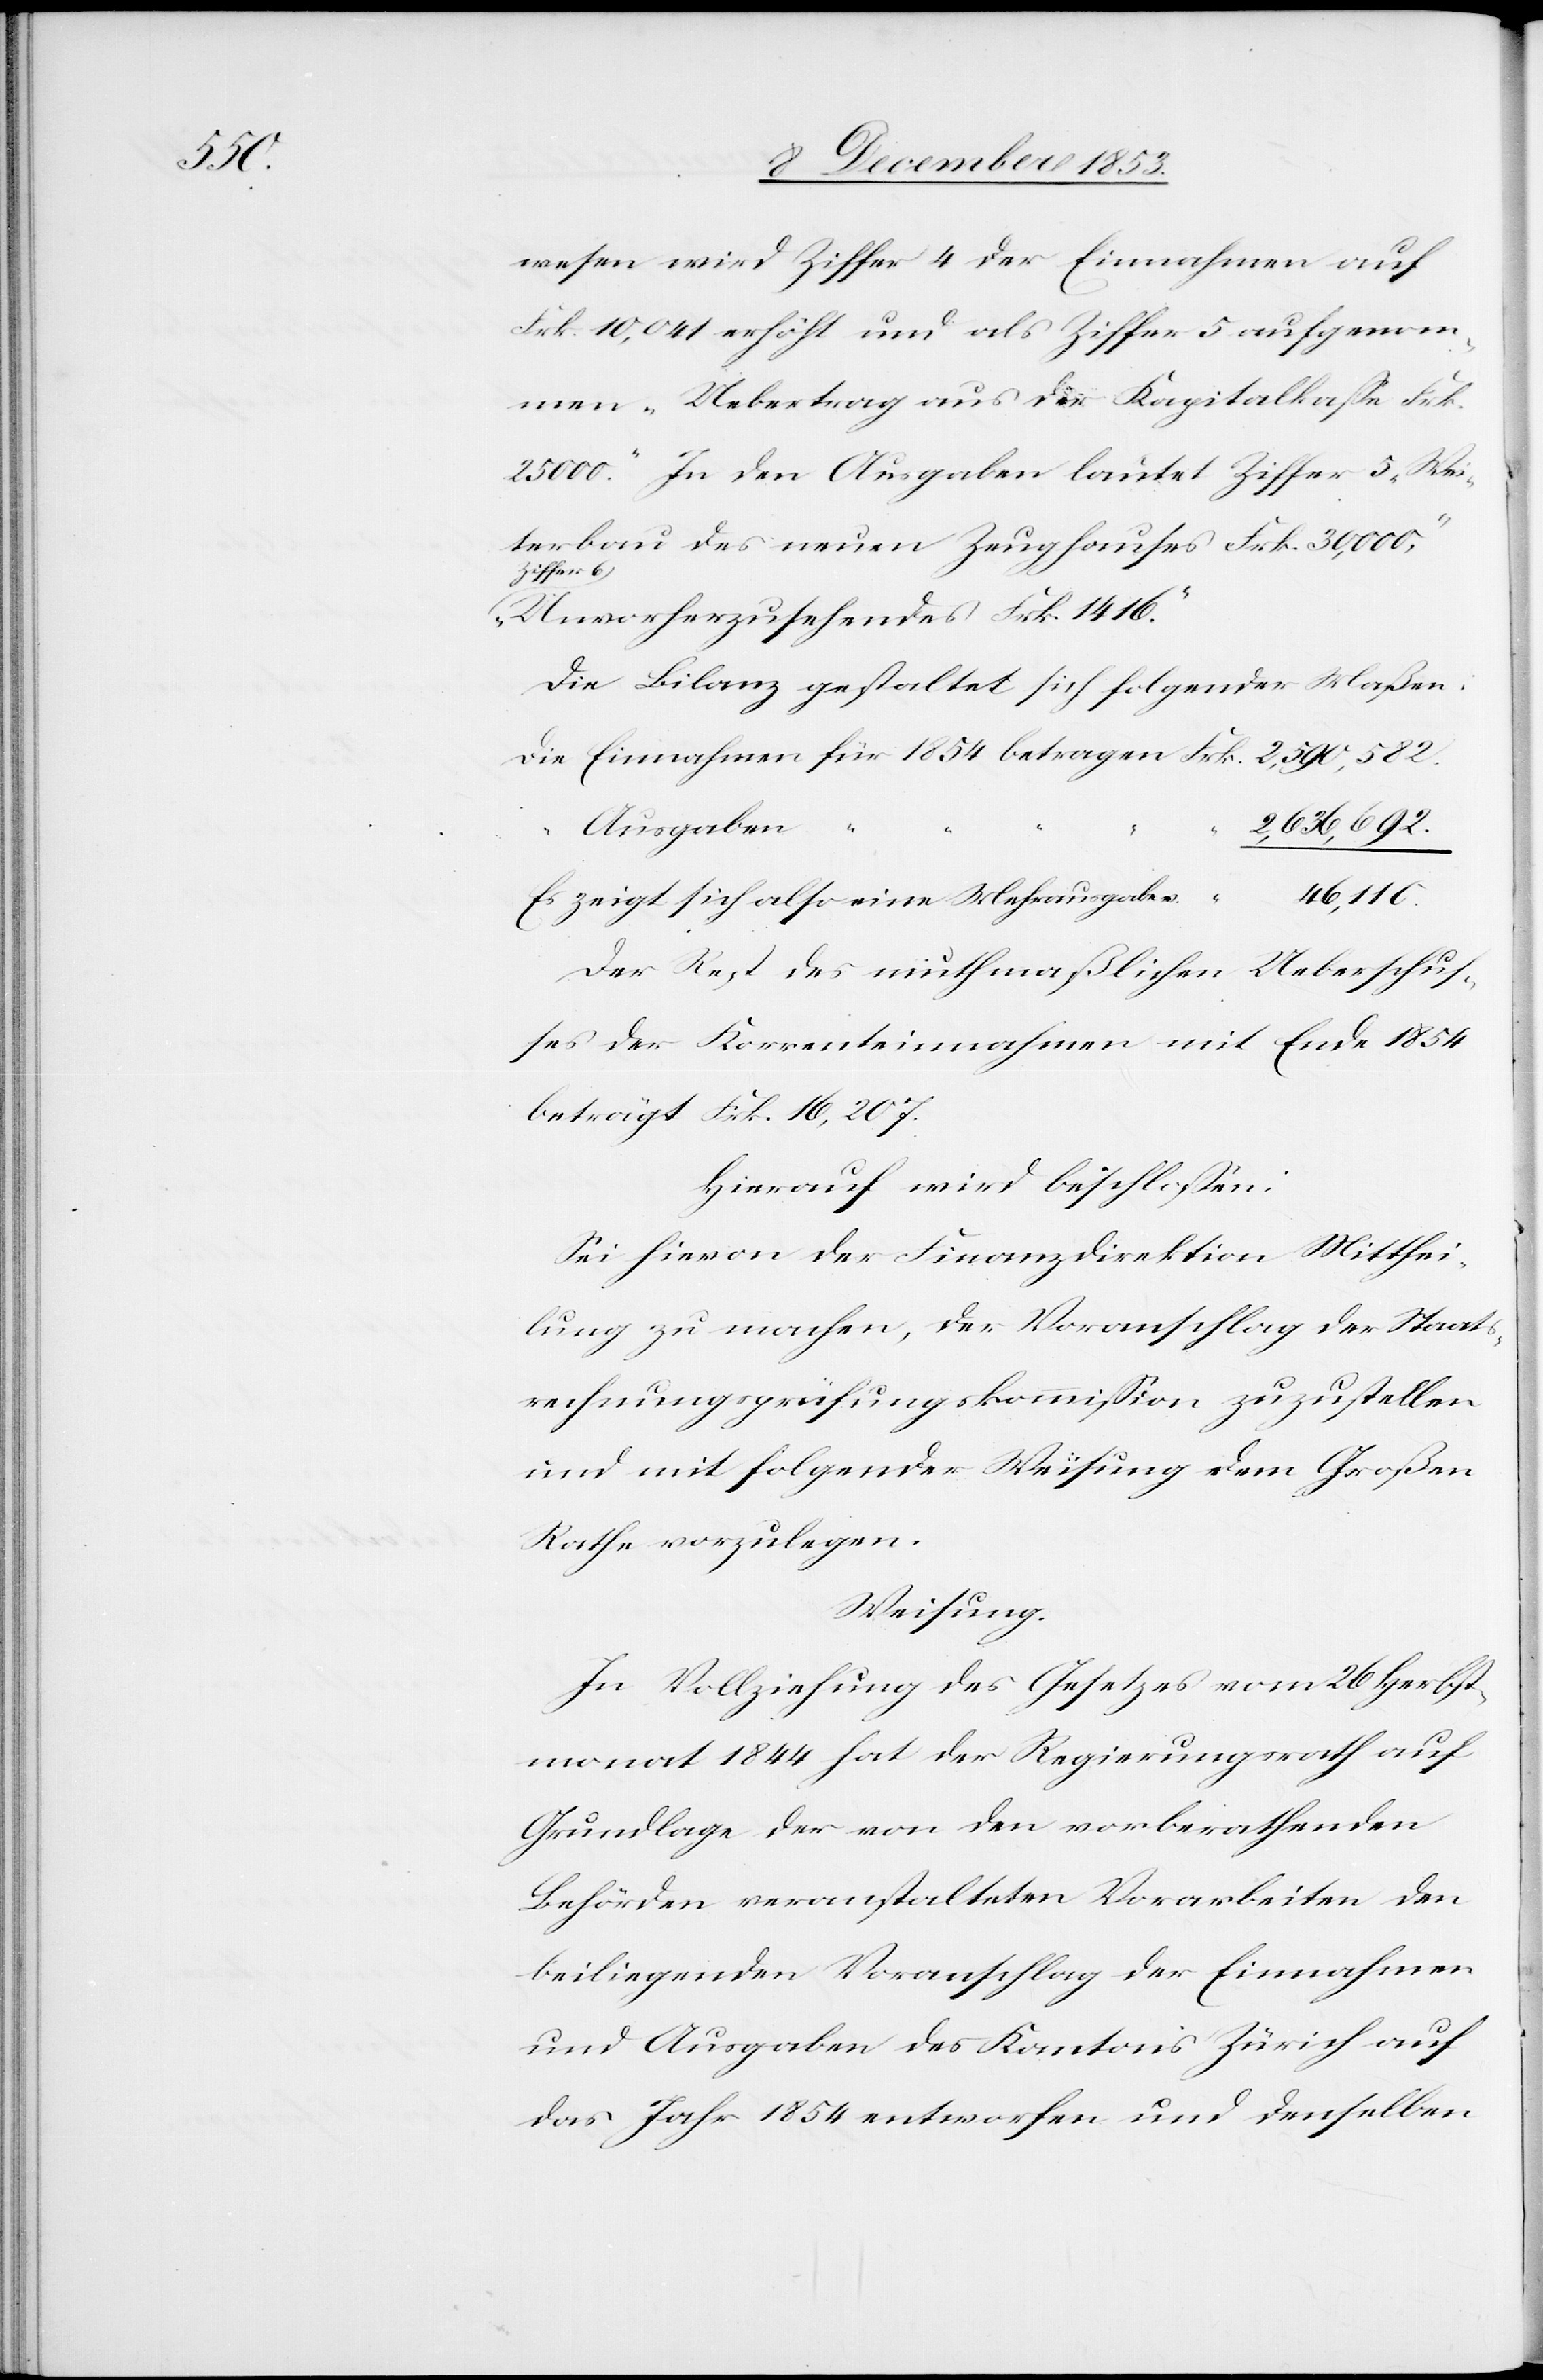
wesen wird Ziffer 4 der Einnahmen auf
Frk. 10,041 erhöht und als Ziffer 5 aufgenom¬
men „Uebertrag aus der Kapitalkaße Frk.
25000.“ In den Ausgaben lautet Ziffer 5 „Wei¬
terbau des neuen Zeughauses Frk. 30,000“
Ziffer 6
„Unvorherzusehendes Frk. 1416.“
Die Bilanz gestaltet sich folgender Maßen:
Die Einnahmen für 1854 betragen Frk. 2,590,582.
e	46,110.
Es zeigt sich also eine Mehrausgab¬
Der Rest des muthmaßlichen Ueberschuß¬
es der Korrenteinnahmen mit Ende 1854
beträgt Frk. 16,207.
Hierauf wird beschloßen:
Sei hievon der Finanzdirektion Mitthei¬
lung zu machen, der Voranschlag der Staats¬
rechnungsprüfungskommißion zuzustellen
und mit folgender Weisung dem Großen
Rathe vorzulegen.
Weisung.
In Vollziehung des Gesetzes vom 26 Herbst¬
monat 1844 hat der Regierungsrath auf
Grundlage der von den vorberathenden
Behörden veranstalteten Vorarbeiten den
beiliegenden Voranschlag der Einnahmen
und Ausgaben des Kantons Zürich auf
das Jahr 1854 entworfen und denselben